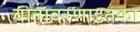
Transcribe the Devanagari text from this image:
वातावरणाइतका